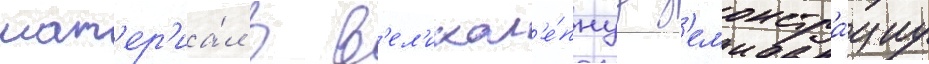
мат'ер'иа́л в в'ел'икол'е́пнуу д'емонстра́циу